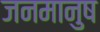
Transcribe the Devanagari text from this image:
जनमानुष